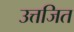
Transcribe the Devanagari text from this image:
उत्तजित